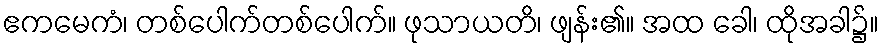
ဧကမေကံ၊ တစ်ပေါက်တစ်ပေါက်။ ဖုသာယတိ၊ ဖျန်း၏။ အထ ခေါ၊ ထိုအခါ၌။